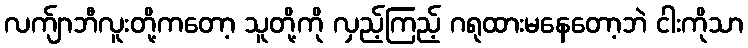
လက်ျာဘီလူးတို့ကတော့ သူတို့ကို လှည့်ကြည့် ဂရုထားမနေတော့ဘဲ ငါးကိုသာ